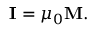
\mathbf { I } = \mu _ { 0 } \mathbf { M } .